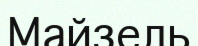
Майзель